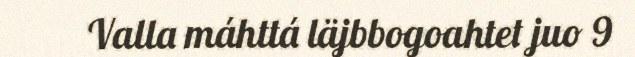
Valla máhttá läjbbogoahtet juo 9